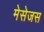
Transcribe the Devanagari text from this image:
मेसेजस